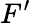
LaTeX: F^{\prime}